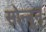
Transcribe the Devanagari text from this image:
सोन्नुन्